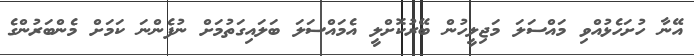
އޭނާ ހުށަހެޅުއްވި މައްސަލަ މަޖިލީހުން ބޭރުކޮށްލީ އެމައްސަލަ ބަލައިގަތުމަށް ނުފެންނަ ކަމަށް މެންބަރުންގެ